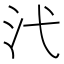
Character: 𪵫